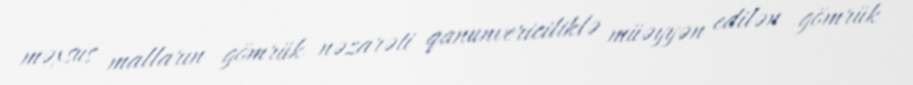
məxsus malların gömrük nəzarəti qanunvericiliklə müəyyən edilən gömrük